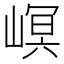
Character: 㟰